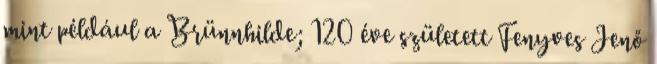
mint például a Brünnhilde; 120 éve született Fenyves Jenő